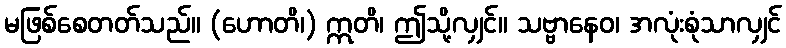
မဖြစ်စေတတ်သည်။ (ဟောတိ၊) ဣတိ၊ ဤသို့လျှင်။ သဗ္ဗာနေဝ၊ အလုံးစုံသာလျှင်